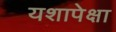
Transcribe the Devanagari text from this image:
यशापेक्षा